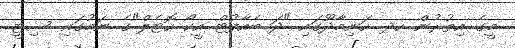
މީގެ އިތުރުން ހދ. ހަނިމާދޫގައި "ދަ ބެއާފުޓް އީކޯ ހޮޓެލް"ގެ ނަމުގައި ސިޓީ